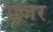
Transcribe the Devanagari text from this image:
एजर